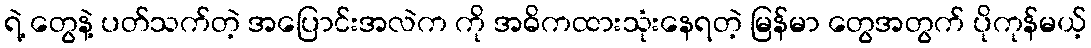
ရဲ့ တွေနဲ့ ပတ်သက်တဲ့ အပြောင်းအလဲက ကို အဓိကထားသုံးနေရတဲ့ မြန်မာ တွေအတွက် ပိုကုန်မယ့်